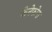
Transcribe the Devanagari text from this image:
केनेफोरा